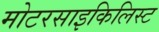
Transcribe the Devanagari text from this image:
मोटरसाइकिलिस्ट